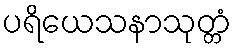
ပရိယေသနာသုတ္တံ